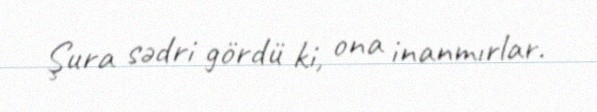
Şura sədri gördü ki, ona inanmırlar.